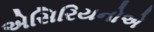
એસિરિયનોએ